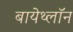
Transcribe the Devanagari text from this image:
बायेथ्लॉन